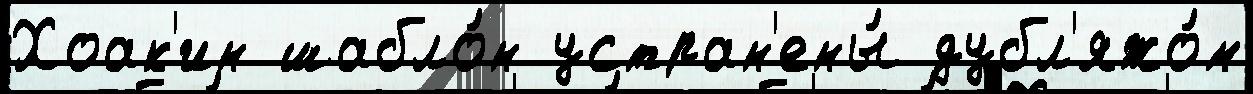
Хоак'ин шабло́н устран'ены́ дубл'яжо́м